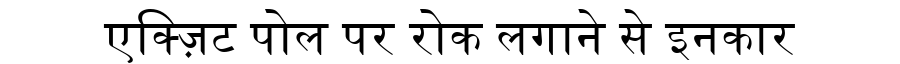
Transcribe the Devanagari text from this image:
एक्ज़िट पोल पर रोक लगाने से इनकार